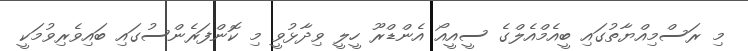
މި ރަސްމިއްޔާތުގައި ބީއެމްއެލްގެ ސީއީއޯ އެންޑްރޫ ހީލީ ވިދާޅުވީ މި ކޮންފަރެންސުގައި ބައިވެރިވުމަކީ